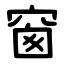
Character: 窗